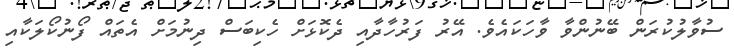
ސުވާލުކުރަން ބޭނުންވާ ވާހަކައެވެ. އޭރު ފަރުހާދާއި ދެކޮޅަށް ހެކިބަސް ދިނުމަށް އެތައް ފޯނުކޯލަކާއި